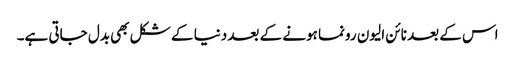
اس کے بعد نائن الیون رونما ہونے کے بعد دنیا کے شکل بھی بدل جاتی ہے۔